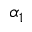
\alpha _ { 1 }